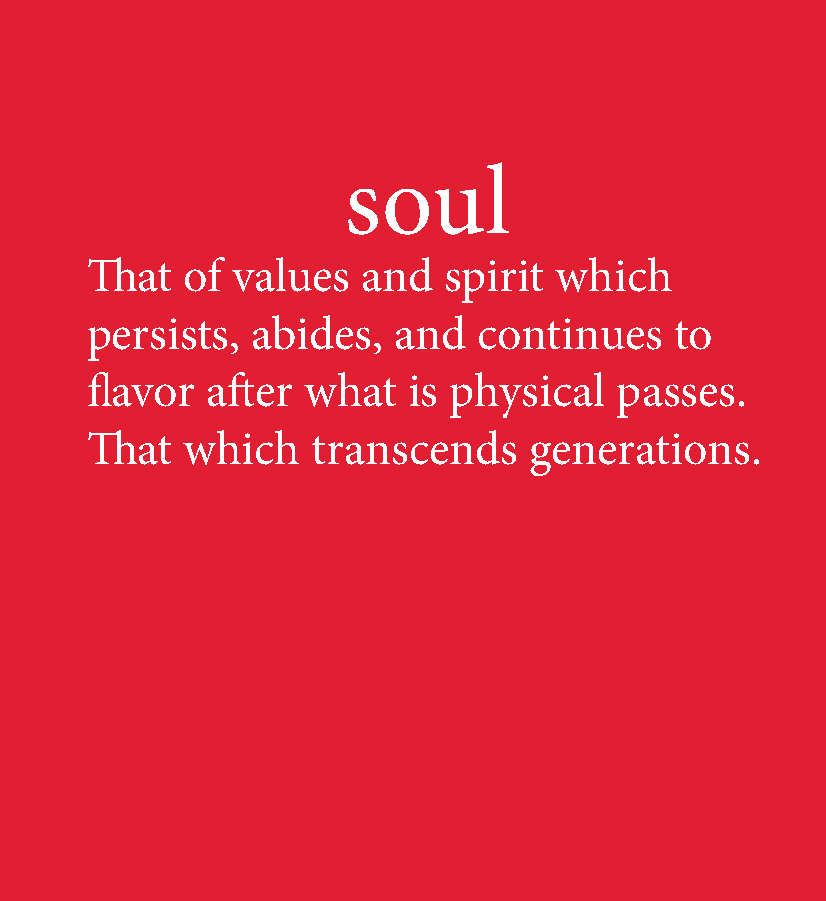
soul
 That  of values   and  spirit  which
 persists,  abides,  and   continues    to
 flavor  after what   is physical   passes.
 That  which    transcends    generations.